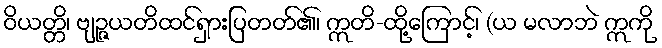
ဝိယတ္တိ၊ ဗျဉ္ဇယတိထင်ရှားပြတတ်၏၊ ဣတိ-ထို့ကြောင့်၊ (ယ မလာဘဲ ဣကို